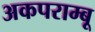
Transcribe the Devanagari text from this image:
अकपराम्बू